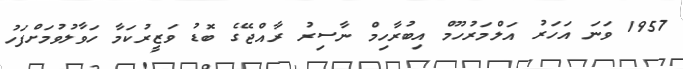
1957 ވަނަ އަހަރު އަލްމަރުހޫމް އިބުރާހިމް ނާސިރު ރާއްޖޭގެ ބޮޑު ވަޒީރުކަމާ ހަވާލުވުމަށްފަހު